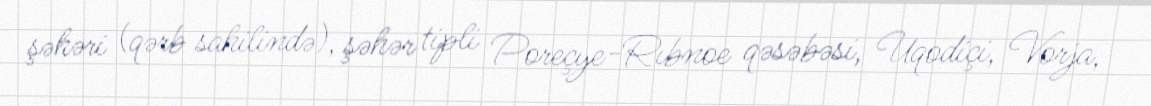
şəhəri (qərb sahilində), şəhər tipli Poreçye-Rıbnoe qəsəbəsi, Uqodiçi, Vorja,